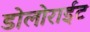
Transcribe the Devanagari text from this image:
डोलोराईट